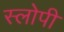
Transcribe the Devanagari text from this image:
स्लोपी